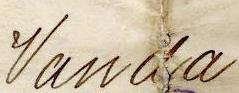
Vanda